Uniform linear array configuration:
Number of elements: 16
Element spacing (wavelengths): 0.25
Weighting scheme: hamming
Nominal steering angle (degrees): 0
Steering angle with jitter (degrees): -0.2972
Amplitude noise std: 0.05
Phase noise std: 0.05

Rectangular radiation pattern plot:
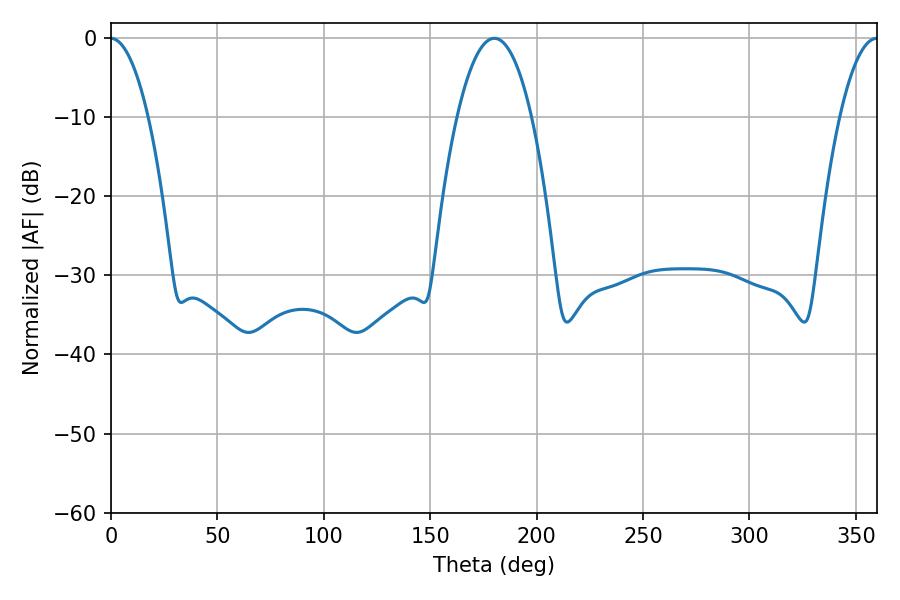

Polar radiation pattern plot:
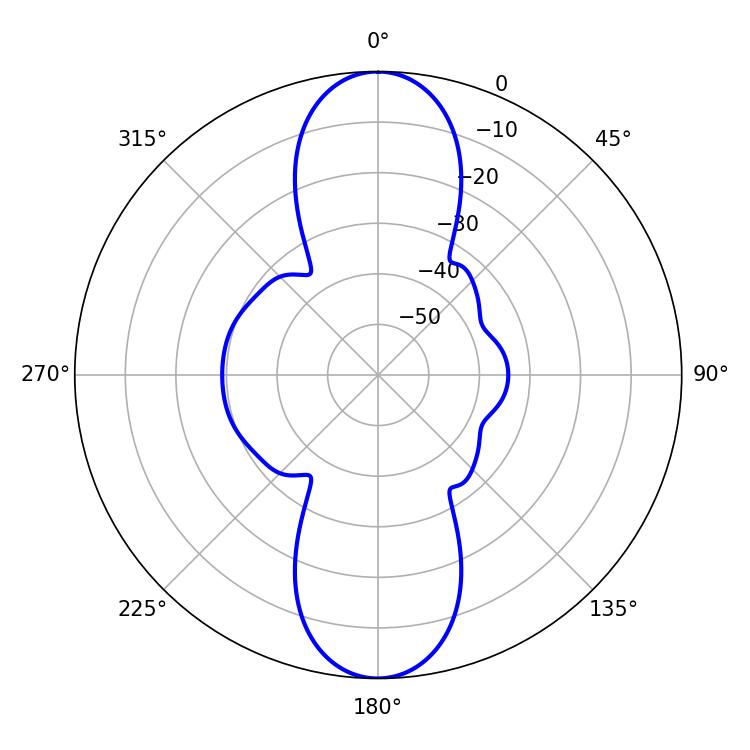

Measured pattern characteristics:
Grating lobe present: FALSE
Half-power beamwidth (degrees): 9.9
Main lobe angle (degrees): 359.82